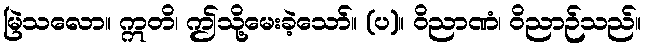
မြဲသလော။ ဣတိ၊ ဤသို့မေးခဲ့သော်။ (ပ)။ ဝိညာဏံ၊ ဝိညာဉ်သည်။